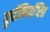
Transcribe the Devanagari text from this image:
पुर्वनिर्धारित